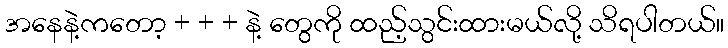
အနေနဲ့ကတော့ + + + နဲ့ တွေကို ထည့်သွင်းထားမယ်လို့ သိရပါတယ်။